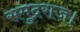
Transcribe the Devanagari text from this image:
समुद्रराज।